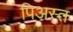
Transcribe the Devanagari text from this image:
पिअस्त